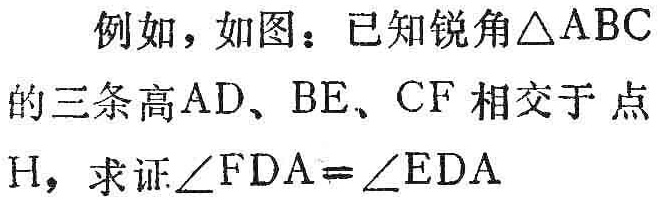
例如，如图：已知锐角\(\triangle ABC\)的三条高\(AD\)、\(BE\)、\(CF\)相交于点\(H\)，求证\(\angle FDA = \angle EDA\)